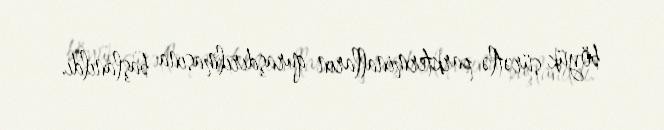
böyük sürətlə parkterminalların quraşdırılmasına başlanıldı.